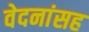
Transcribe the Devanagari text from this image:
वेदनांसह